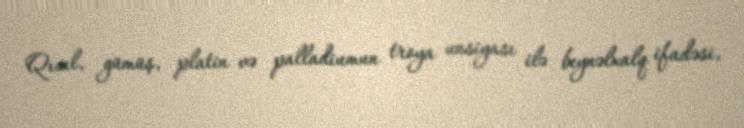
Qızıl, gümüş, platin və palladiumun troya unsiyası ilə beynəlxalq ifadəsi,